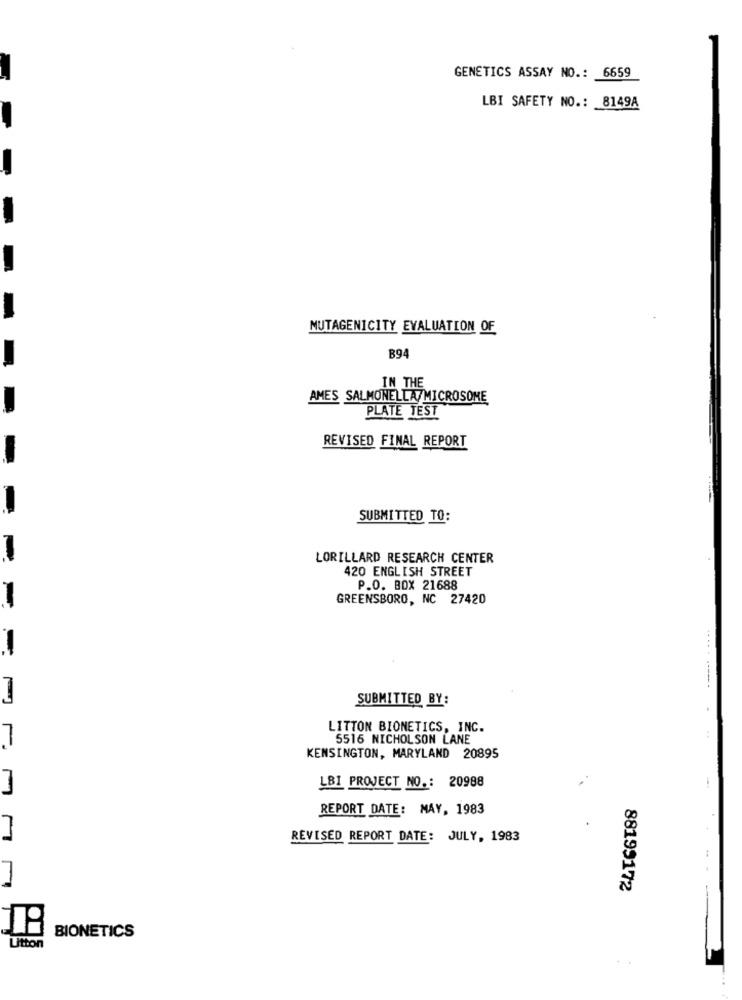
GENETICS ASSAY NO .: 6659
LBI SAFETY NO .: 8149A
-
MUTAGENICITY EVALUATION OF
B94
IN THE
AMES SALMONELLA/MICROSOME
PLATE TEST
REVISED FINAL REPORT
-
SUBMITTED TO:
LORILLARD RESEARCH CENTER
420 ENGLISH STREET
P.O. BOX 21688
GREENSBORO, NC 27420
-
SUBMITTED BY:
LITTON BIONETICS, INC.
5516 NICHOLSON LANE
KENSINGTON, MARYLAND 20895
LBI PROJECT NO .: 20988
REPORT DATE: MAY, 1983
REVISED REPORT DATE: JULY, 1983
88199172
BIONETICS
Litton